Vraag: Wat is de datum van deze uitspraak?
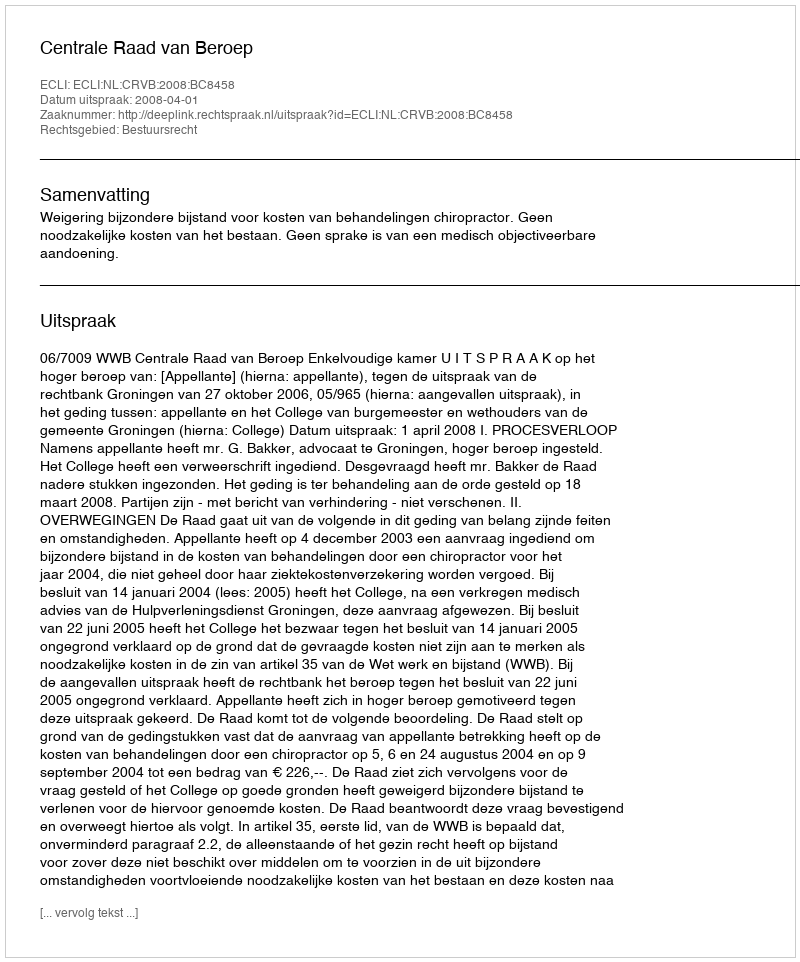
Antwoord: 2008-04-01